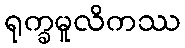
ရုက္ခမူလိကဿ